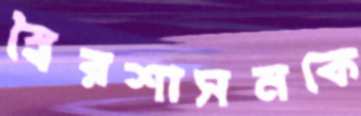
স্বৈরশাসনকে